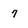
Character: 7